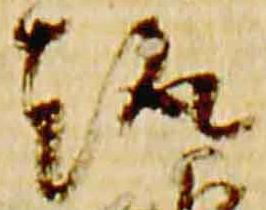
趣